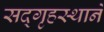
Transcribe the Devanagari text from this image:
सद्‌गृहस्थाने